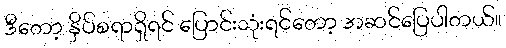
ဒီတော့ နှိပ်စရာရှိရင် ပြောင်းသုံးရင်တော့ အဆင်ပြေပါတယ်။